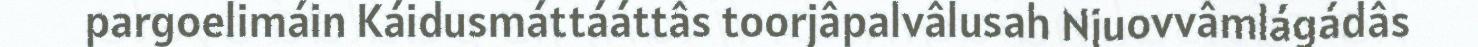
pargoelimáin Káidusmáttááttâs toorjâpalvâlusah Njuovvâmlágádâs